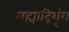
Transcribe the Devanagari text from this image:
सह्याद्रिशृंग